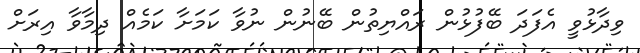
ވިދާޅުވީ އެފަދަ ބޭފުޅުން ރައްޔިތުން ބޭނުން ނުވާ ކަމަށާ ކަމެއް ދިމާވާ އިރަށް